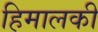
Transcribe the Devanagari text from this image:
हिमालकी